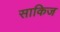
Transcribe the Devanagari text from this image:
साकिज